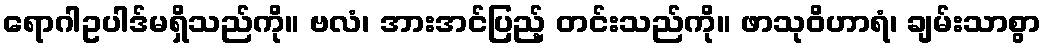
ရောဂါဥပါဒ်မရှိသည်ကို။ ဗလံ၊ အားအင်ပြည့် တင်းသည်ကို။ ဖာသုဝိဟာရံ၊ ချမ်းသာစွာ